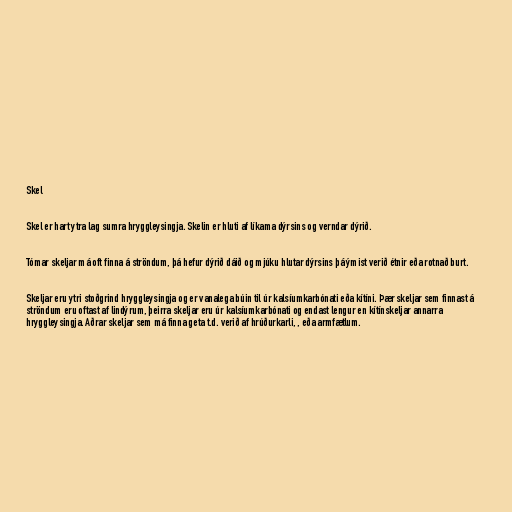
Skel

Skel er hart ytra lag sumra hryggleysingja. Skelin er hluti af líkama dýrsins og verndar dýrið.

Tómar skeljar má oft finna á ströndum, þá hefur dýrið dáið og mjúku hlutar dýrsins þá ýmist verið étnir eða rotnað burt.

Skeljar eru ytri stoðgrind hryggleysingja og er vanalega búin til úr kalsíumkarbónati eða kítíni. Þær skeljar sem finnast á
ströndum eru oftast af lindýrum, þeirra skeljar eru úr kalsíumkarbónati og endast lengur en kítínskeljar annarra
hryggleysingja. Aðrar skeljar sem má finna geta t.d. verið af hrúðurkarli, , eða armfætlum.